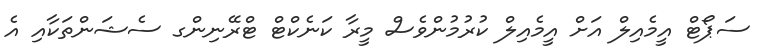
ސަޕޯޓް އީމެއިލް އަށް އީމެއިލް ކުރުމުންވެސް މީރާ ކަނެކްޓް ޓްރޭނިންގ ސެޝަންތަކާއި އެ